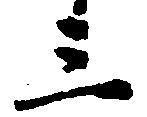
三